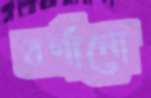
বর্ণানো